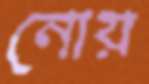
নোয়